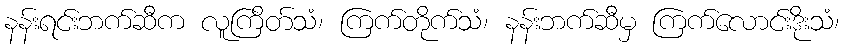
နန်းရင်းဘက်ဆီက လူကြိတ်သံ၊ ကြက်တိုက်သံ၊ နန်းဘက်ဆီမှ ကြက်လောင်းဒိုးသံ၊